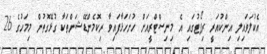
އެކުލަވައިލި އިންކުއަރީ ރިޕޯޓުގައި އެ މިނިސްޓްރީއަށް ހުށަހަޅާފައިވާ ރިކޮމެންޑޭޝަންތަކާ ގުޅޭގޮތުން މިމަހުގެ 26